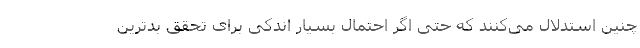
چنین استدلال می‌کنند که حتی اگر احتمال بسیار اندکی برای تحقق بدترین